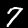
Label: 7